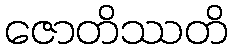
ဇောတိဿတိ